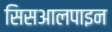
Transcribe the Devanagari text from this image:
सिसआलपाइन